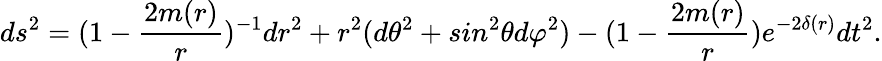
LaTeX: ds^{2}=(1-\frac{2m(r)}{r})^{-1}dr^{2}+r^{2}(d\theta^{2}+sin^{2}\theta d\varphi^{2})-(1-\frac{2m(r)}{r})e^{-2\delta(r)}dt^{2}.